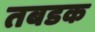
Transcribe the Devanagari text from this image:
तबडक